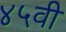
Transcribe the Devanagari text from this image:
४५वी